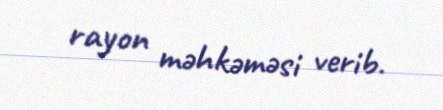
rayon məhkəməsi verib.